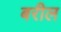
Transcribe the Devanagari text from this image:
बरील